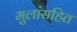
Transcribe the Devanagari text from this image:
मुलांसहित